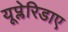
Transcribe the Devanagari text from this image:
यूप्लेरिडाए